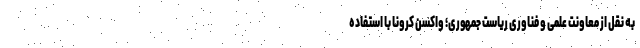
به نقل از معاونت علمی و فناوری ریاست جمهوری؛ واکسن کرونا با استفاده